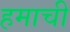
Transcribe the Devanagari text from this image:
हमाची